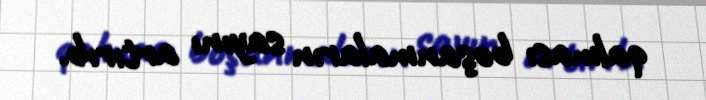
qalması boşanmaların sayını artırıb.